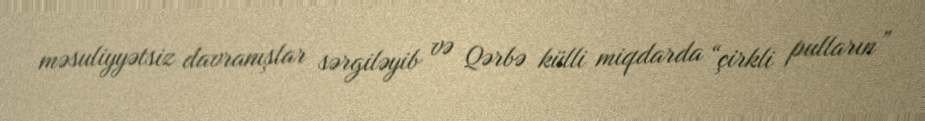
məsuliyyətsiz davranışlar sərgiləyib və Qərbə külli miqdarda “çirkli pulların”